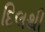
દિલથી